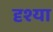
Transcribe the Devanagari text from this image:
दृश्या